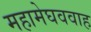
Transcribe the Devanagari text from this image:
महामेघववाह